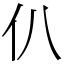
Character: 仈